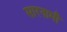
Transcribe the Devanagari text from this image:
सारनामी